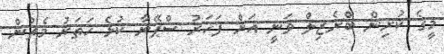
މީގެ ކުރިން ބްރެޒިލް ވަނީ އަށް ފަހަރު ސްޕޭނާ ކުޅެ ހަތަރު މެޗުން